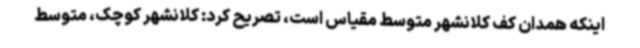
اینکه همدان کف کلانشهر متوسط مقیاس است، تصریح کرد: کلانشهر کوچک، متوسط